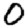
Digit: 0